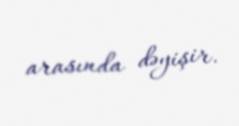
arasında dəyişir.